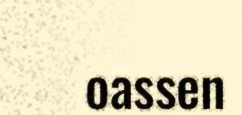
oassen